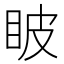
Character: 𥅗